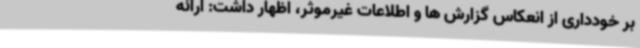
بر خودداری از انعکاس گزارش ها و اطلاعات غیرموثر، اظهار داشت: ارائه